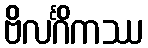
ဗိလင်္ဂိကဿ